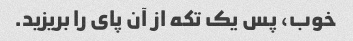
خوب، پس یک تکه از آن پای را بریزید.